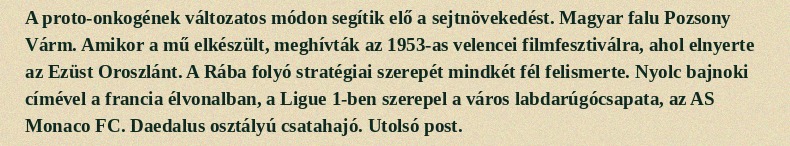
A proto-onkogének változatos módon segítik elő a sejtnövekedést. Magyar falu Pozsony Várm. Amikor a mű elkészült, meghívták az 1953-as velencei filmfesztiválra, ahol elnyerte az Ezüst Oroszlánt. A Rába folyó stratégiai szerepét mindkét fél felismerte. Nyolc bajnoki címével a francia élvonalban, a Ligue 1-ben szerepel a város labdarúgócsapata, az AS Monaco FC. Daedalus osztályú csatahajó. Utolsó post.